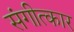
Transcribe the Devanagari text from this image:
संगीत्कार